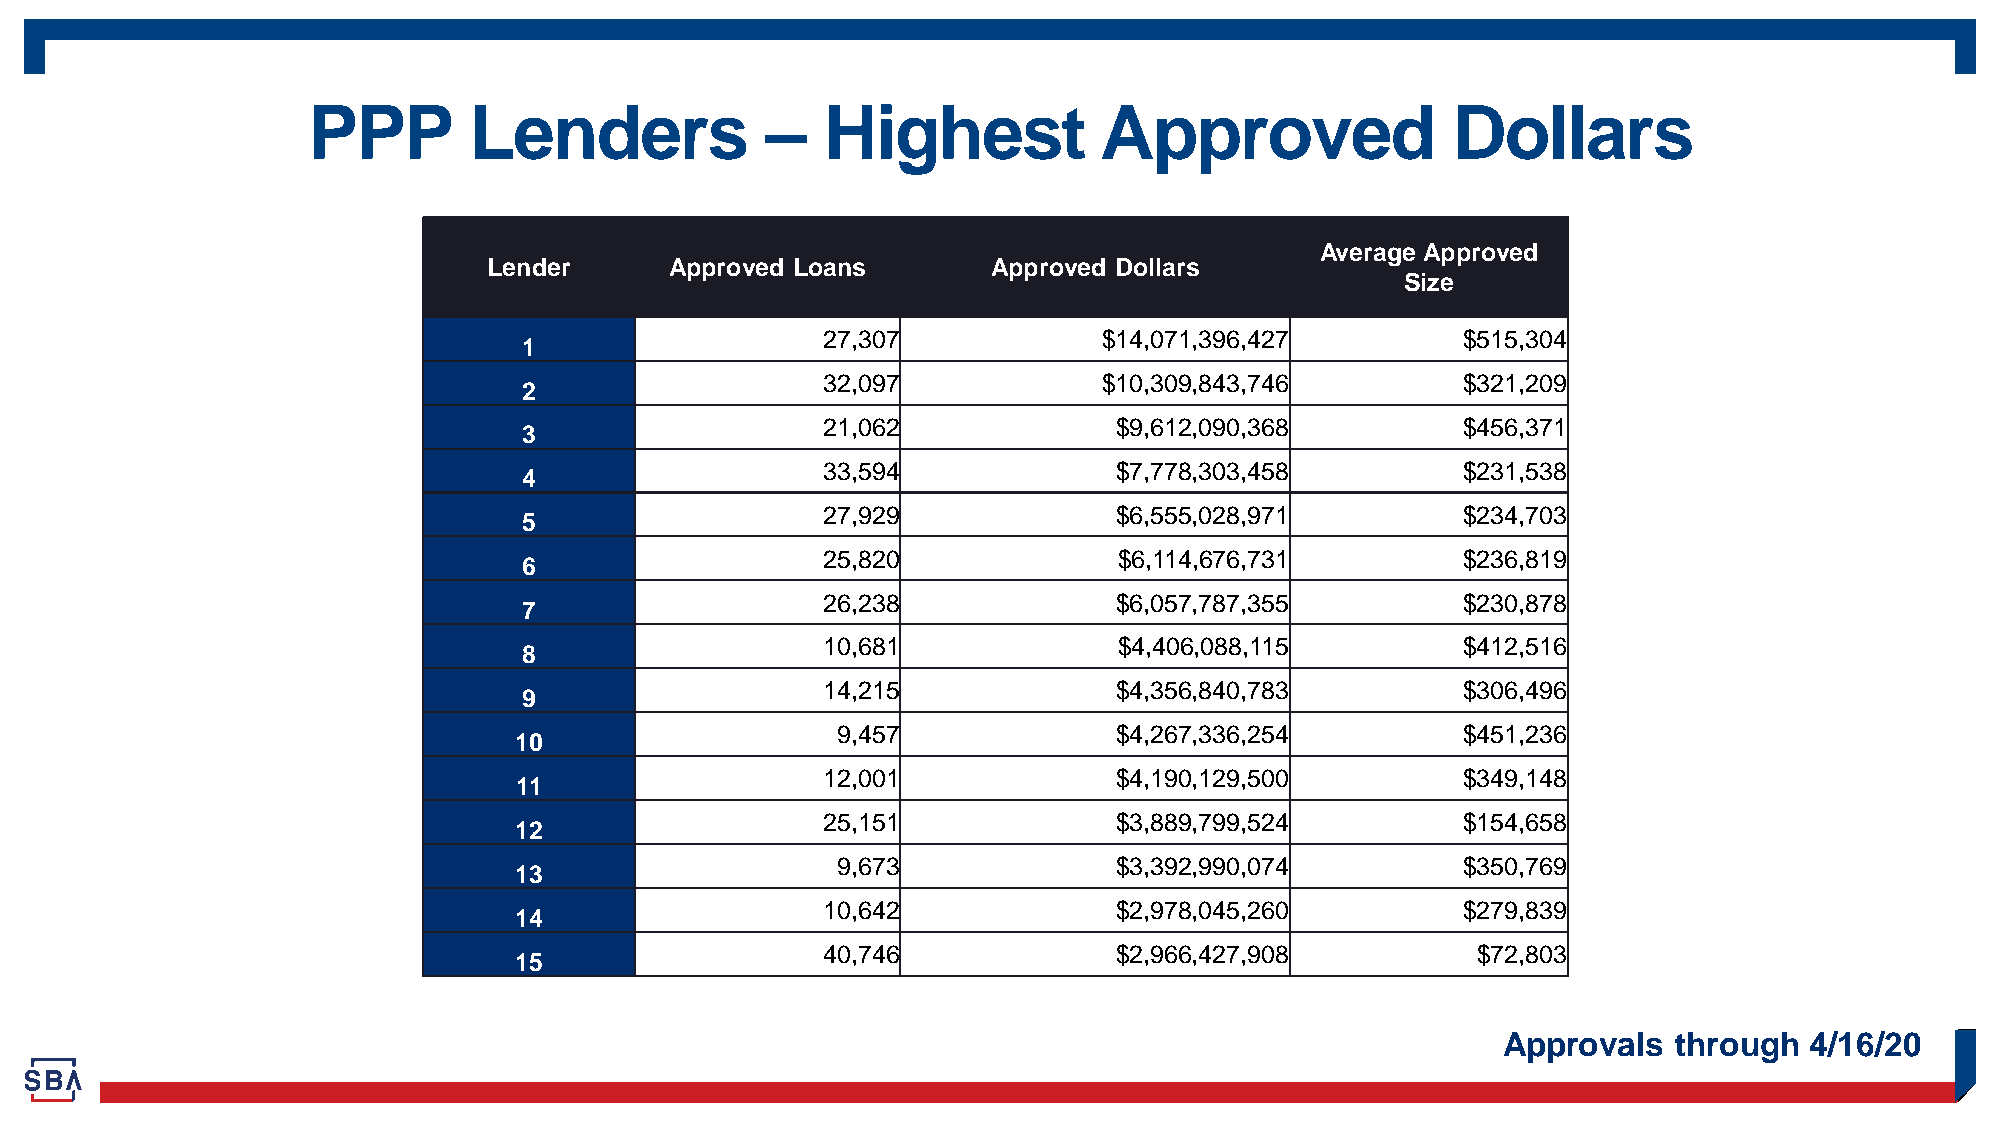
PPP        Lenders             –   Highest           Approved               Dollars
 Average Approved
 Lender      Approved Loans        Approved Dollars
 Size
 27,307             $14,071,396,427         $515,304
 1
 32,097             $10,309,843,746         $321,209
 2
 21,062              $9,612,090,368         $456,371
 3
 33,594              $7,778,303,458         $231,538
 4
 27,929              $6,555,028,971         $234,703
 5
 25,820              $6,114,676,731         $236,819
 6
 26,238              $6,057,787,355         $230,878
 7
 10,681              $4,406,088,115         $412,516
 8
 14,215              $4,356,840,783         $306,496
 9
 9,457              $4,267,336,254         $451,236
 10
 12,001              $4,190,129,500         $349,148
 11
 25,151              $3,889,799,524         $154,658
 12
 9,673              $3,392,990,074         $350,769
 13
 10,642              $2,978,045,260         $279,839
 14
 40,746              $2,966,427,908          $72,803
 15
 Approvals   through  4/16/20